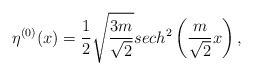
\begin{align*}\eta^{(0)} (x)=\frac 12\sqrt{\frac{3m}{\sqrt{2}}}sech^{2}\left(\frac{m}{\sqrt 2}x \right),\end{align*}